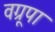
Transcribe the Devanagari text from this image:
वग्रूपा